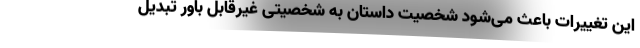
این تغییرات باعث می‌شود شخصیت داستان به شخصیتی غیرقابل باور تبدیل